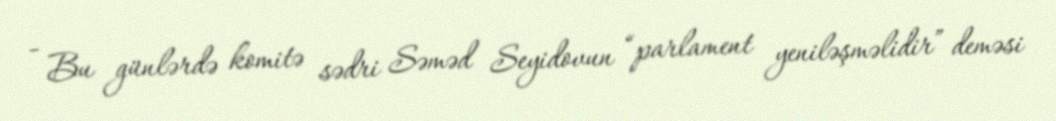
- Bu günlərdə komitə sədri Səməd Seyidovun “parlament yeniləşməlidir” deməsi